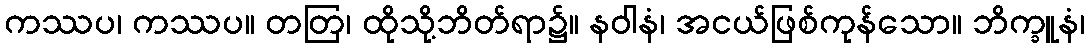
ကဿပ၊ ကဿပ။ တတြ၊ ထိုသို့ဘိတ်ရာ၌။ နဝါနံ၊ အငယ်ဖြစ်ကုန်သော။ ဘိက္ခူနံ၊